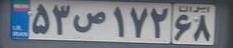
۵۳ص۱۷۲۶۸